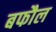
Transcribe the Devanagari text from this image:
बफौल